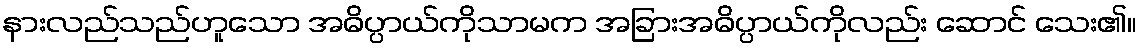
နားလည်သည်ဟူသော အဓိပ္ပာယ်ကိုသာမက အခြားအဓိပ္ပာယ်ကိုလည်း ဆောင် သေး၏။